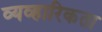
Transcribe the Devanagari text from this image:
व्यव्हारिकता